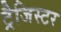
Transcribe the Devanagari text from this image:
ट्रैजिस्टर